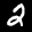
Label: 2